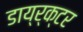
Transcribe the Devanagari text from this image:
डाय्र्क्टर